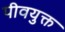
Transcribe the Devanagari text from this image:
पीवयुक्त